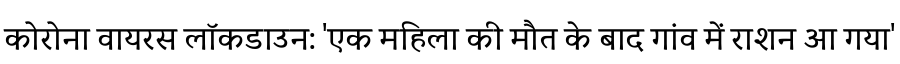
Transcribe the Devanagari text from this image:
कोरोना वायरस लॉकडाउन: 'एक महिला की मौत के बाद गांव में राशन आ गया'